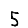
Digit: 5